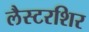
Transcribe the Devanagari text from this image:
लैस्टरशिर